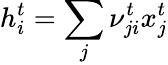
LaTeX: h_{i}^{t}=\sum_{j}\nu_{ji}^{t}x_{j}^{t}